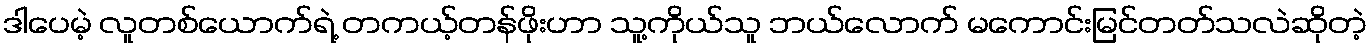
ဒါပေမဲ့ လူတစ်ယောက်ရဲ့ တကယ့်တန်ဖိုးဟာ သူ့ကိုယ်သူ ဘယ်လောက် မကောင်းမြင်တတ်သလဲဆိုတဲ့